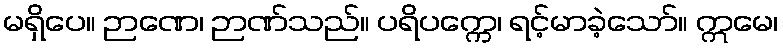
မရှိပေ။ ဉာဏေ၊ ဉာဏ်သည်။ ပရိပက္ကေ၊ ရင့်မာခဲ့သော်။ ဣမေ၊